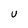
Character: u